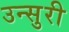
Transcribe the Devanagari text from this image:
उन्सुरी